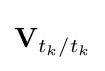
\mathbf {V} _{t_{k}/t_{k}}